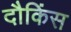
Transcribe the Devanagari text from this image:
दौकिंस